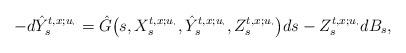
LaTeX: \begin{align*} -d \hat{Y}_s^{t,x;u_{\cdot}} = \hat{G}\bigl(s, X_s^{t,x;u_{\cdot}}, \hat{Y}_s^{t,x;u_{\cdot}}, Z_s^{t,x;u_{\cdot}}\bigr) ds - Z_s^{t,x;u_{\cdot}} dB_s, \end{align*}